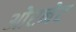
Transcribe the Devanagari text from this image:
ओरनेट